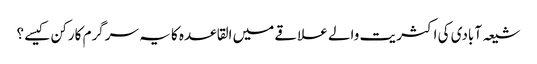
شیعہ آبادی کی اکثریت والے علاقے میں القاعدہ کا یہ سرگرم کارکن کیسے ؟